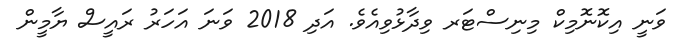
ވަނީ އިކޮނޮމިކް މިނިސްޓަރ ވިދާޅުވިއެވެ. އަދި 2018 ވަނަ އަހަރު ރައީސް ޔާމީން